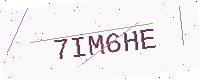
Text: 7IM6HE